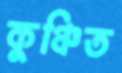
কুঞ্চিত